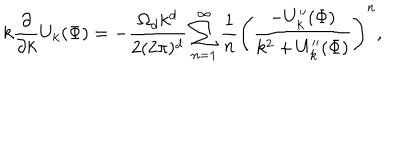
k \frac { \partial } { \partial k } U _ { k } ( \Phi ) = - \frac { \Omega _ { d } k ^ { d } } { 2 ( 2 \pi ) ^ { d } } \sum _ { n = 1 } ^ { \infty } \frac { 1 } { n } \left( \frac { - U _ { k } ^ { \prime \prime } ( \Phi ) } { k ^ { 2 } + U _ { k } ^ { \prime \prime } ( \Phi ) } \right) ^ { n } ,